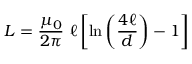
L = { \frac { \mu _ { 0 } } { 2 \pi } } \ \ell \left[ \ln \left( { \frac { 4 \ell } { d } } \right) - 1 \right]